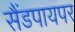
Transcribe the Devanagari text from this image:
सैंडपायपर